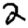
Digit: 2